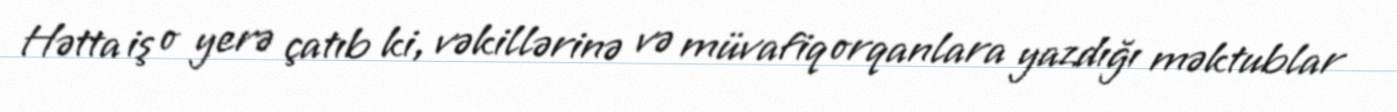
Hətta iş o yerə çatıb ki, vəkillərinə və müvafiq orqanlara yazdığı məktublar